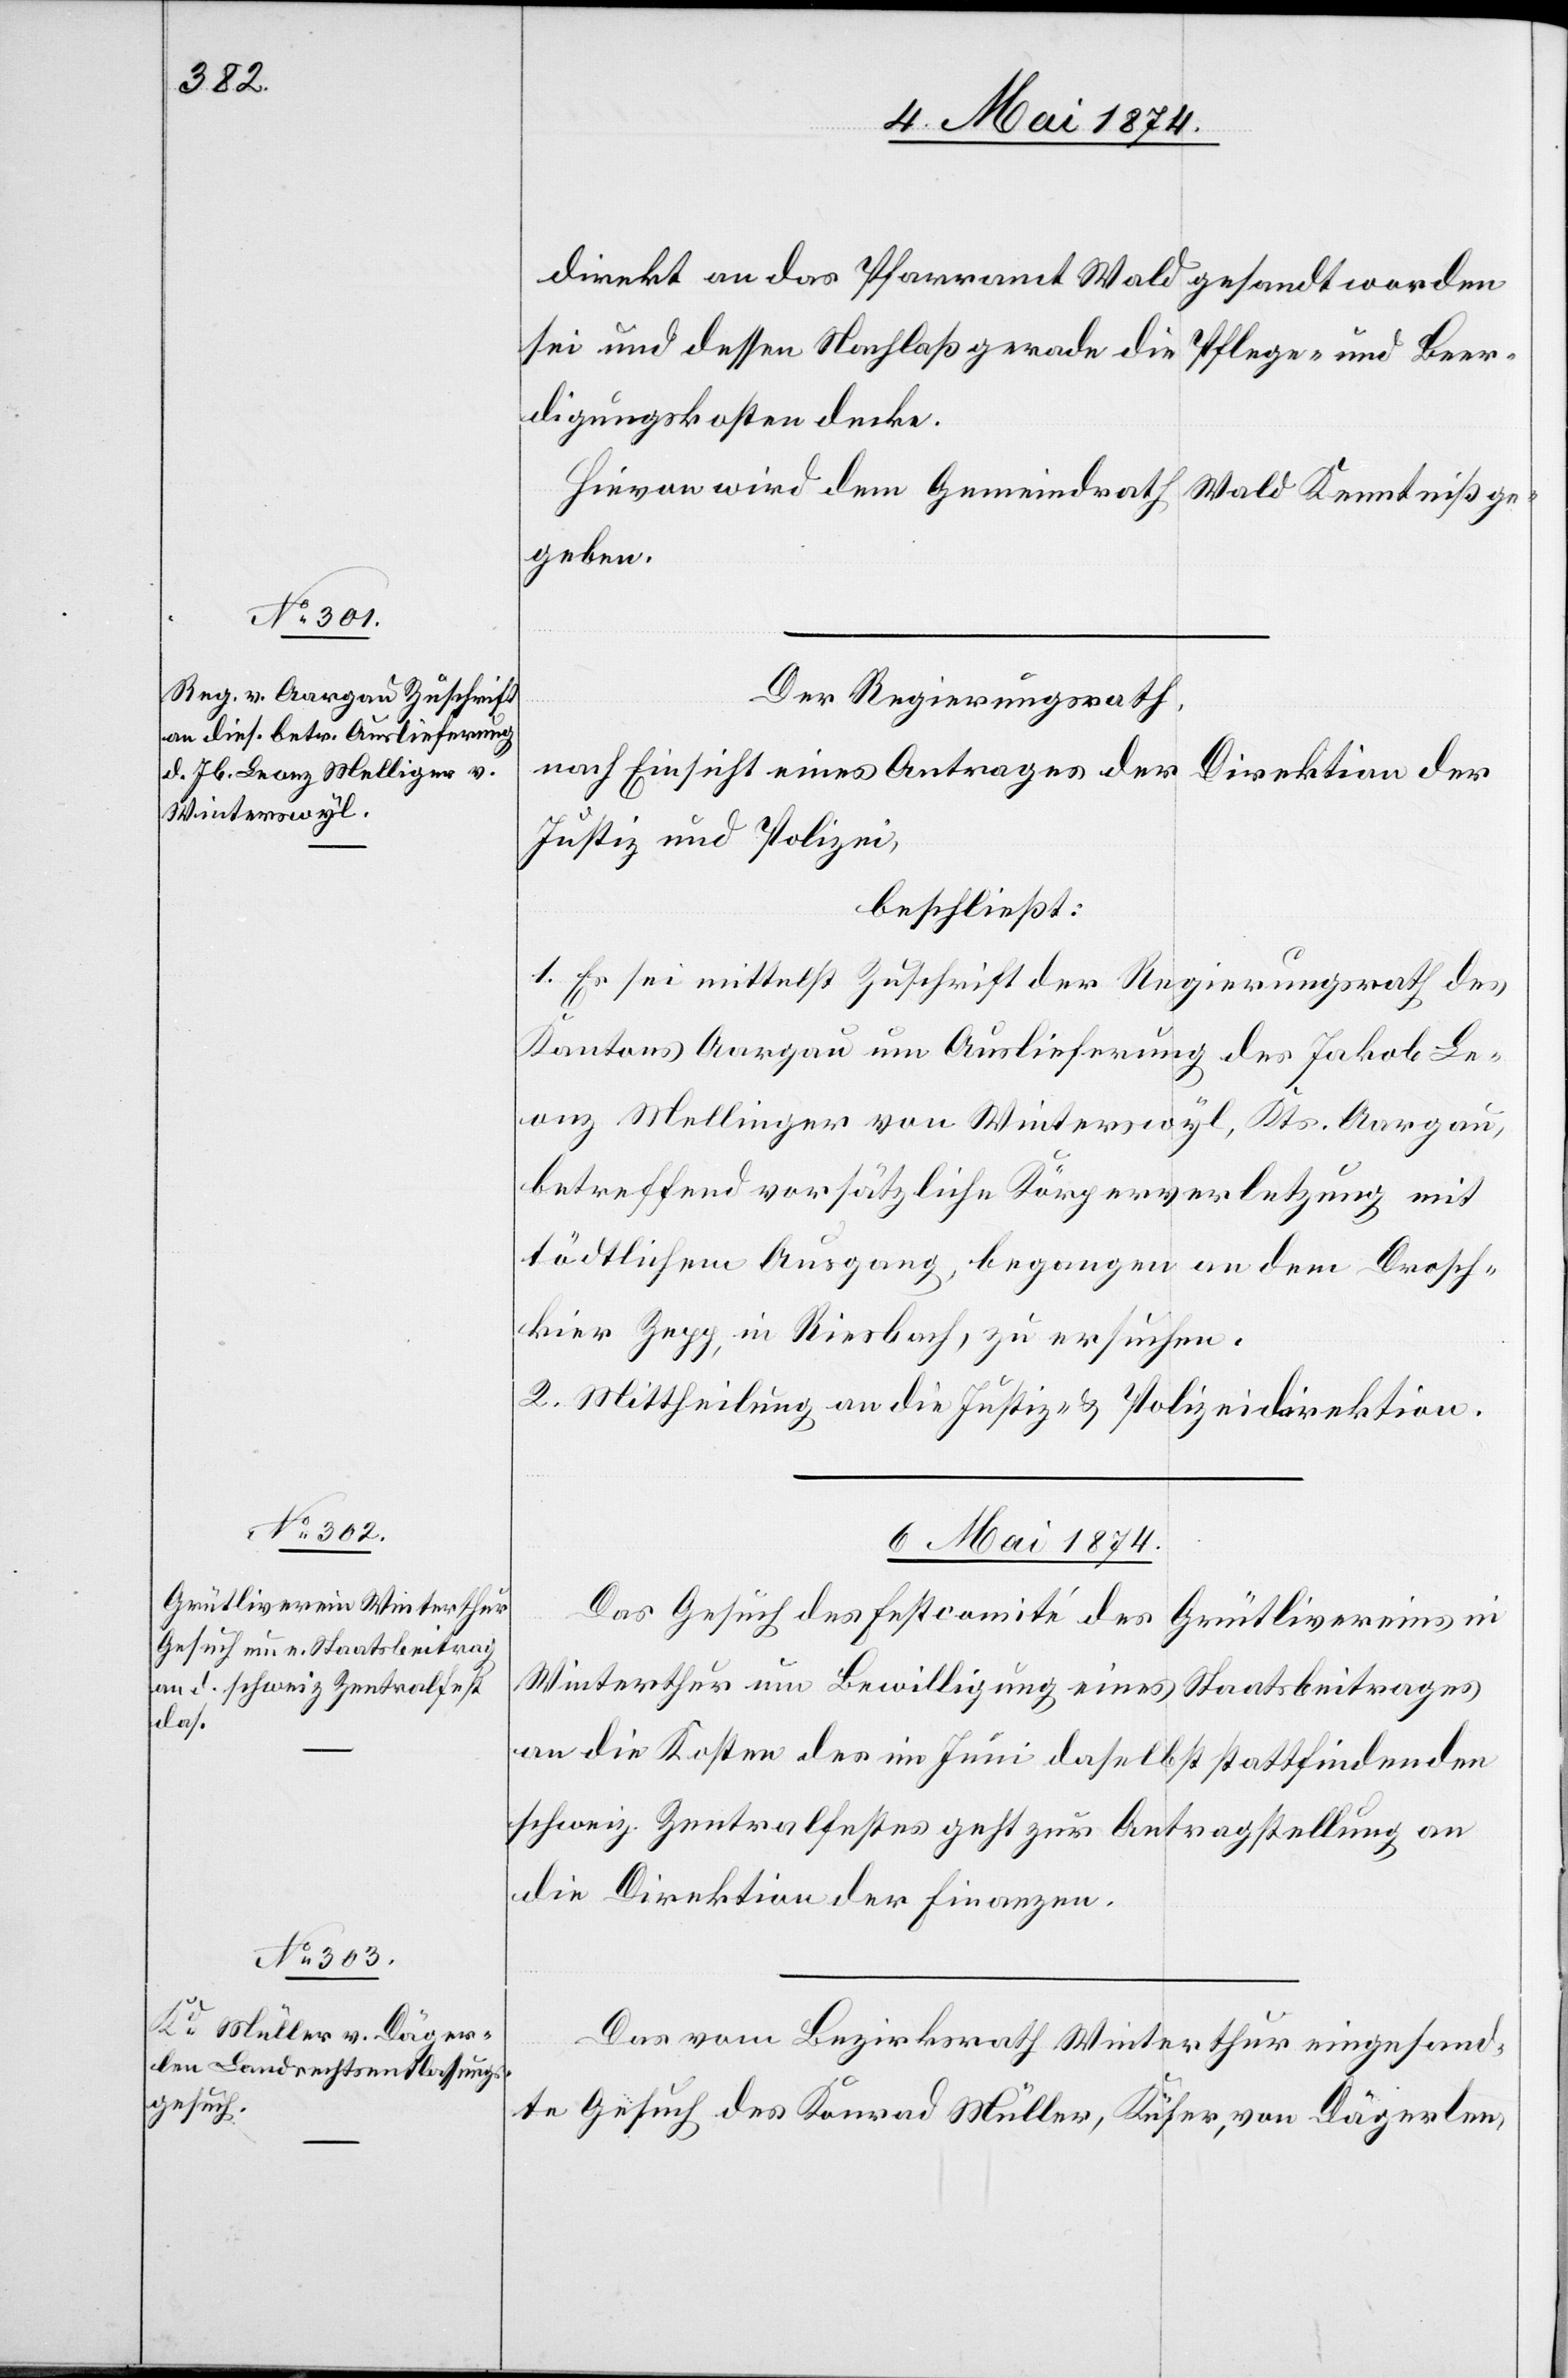
4. Mai 1874.]
direkt an das Pfarramt Wald gesandt worden
sei und dessen Nachlaß gerade die Pflege- und Beer¬
digungskosten decke.
Hievon wird dem Gemeindrath Wald Kenntniß ge¬
geben.
Der Regierungsrath,
nach Einsicht eines Antrages der
Direktion der
Justiz und Polizei,
beschließt:
1. Es sei mittelst Zuschrift der Regierungsrath des
Kantons Aargau um Auslieferung des Jakob Le¬
onz Mellinger [sic!] von Winterswyl, Kts. Aargau,
betreffend vorsätzliche Körperverletzung mit
tödtlichem Ausgang, begangen an dem Drosch¬
kier Zepp, in Riesbach, zu ersuchen.
2. Mittheilung an die Justiz- u. Polizeidirektion.
6. Mai 1874.]
Das Gesuch des Festcomité des
Grütlivereins in
Winterthur um Bewilligung eines
Staatsbeitrages
an die Kosten des im Juni daselb¬
st stattfindenden
schweiz. Zentralfestes geht zur Antragstellung an
die Direktion der Finanzen.
Das vom Bezirksrath Winterthur eingesand¬
te Gesuch des Konrad Müller, Küfer, von Dägerlen